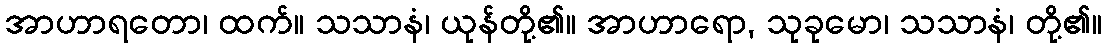
အာဟာရတော၊ ထက်။ သသာနံ၊ ယုန်တို့၏။ အာဟာရော, သုခုမော၊ သသာနံ၊ တို့၏။